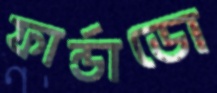
ফার্ন্ডাডো